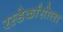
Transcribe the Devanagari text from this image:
रस्डेर्कासोला